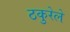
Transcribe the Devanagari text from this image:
ठकुरेले